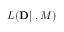
{ \cal L } ( { \bf D } | { \bf \theta } , { \cal M } )